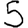
Digit: 5